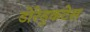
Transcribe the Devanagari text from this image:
डोरेडुकटेस